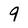
Character: 9